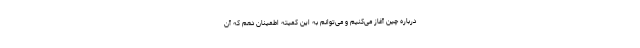
درباره چین آغاز می‌کنیم و می‌توانم به این کمیته اطمینان دهم که آن